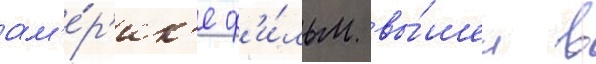
ам'е́р'ик'е ф'и́льм вы́шел в